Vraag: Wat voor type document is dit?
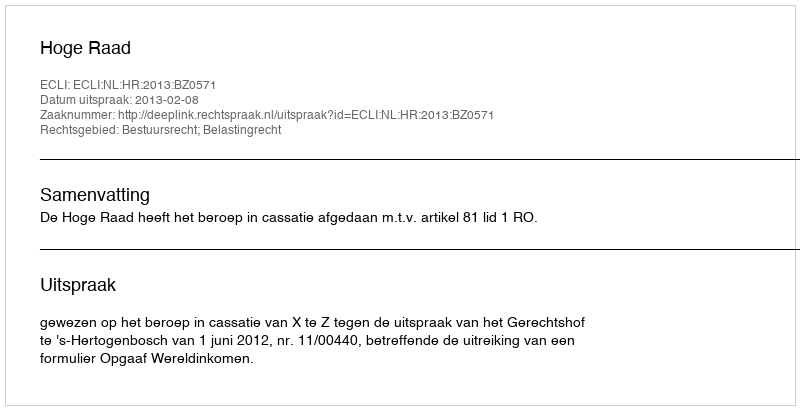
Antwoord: Uitspraak